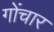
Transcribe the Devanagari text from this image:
गोंचार